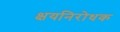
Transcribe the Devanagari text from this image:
क्षयनिरोधक